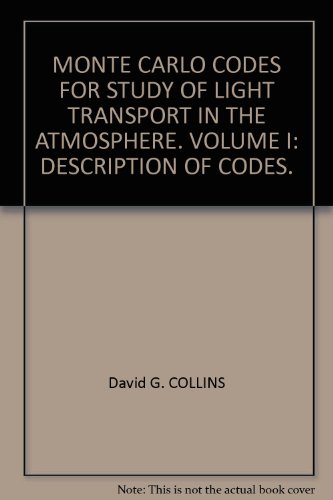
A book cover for MONTE CARLO CODES FOR STUDY OF LIGHT TRANSPORT IN THE ATMOSPHERE. VOLUME I: DESCRIPTION OF CODES.; David G. COLLINS; Travel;